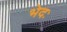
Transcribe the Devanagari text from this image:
भेदः